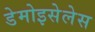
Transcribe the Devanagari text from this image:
डेमोइसेलेस